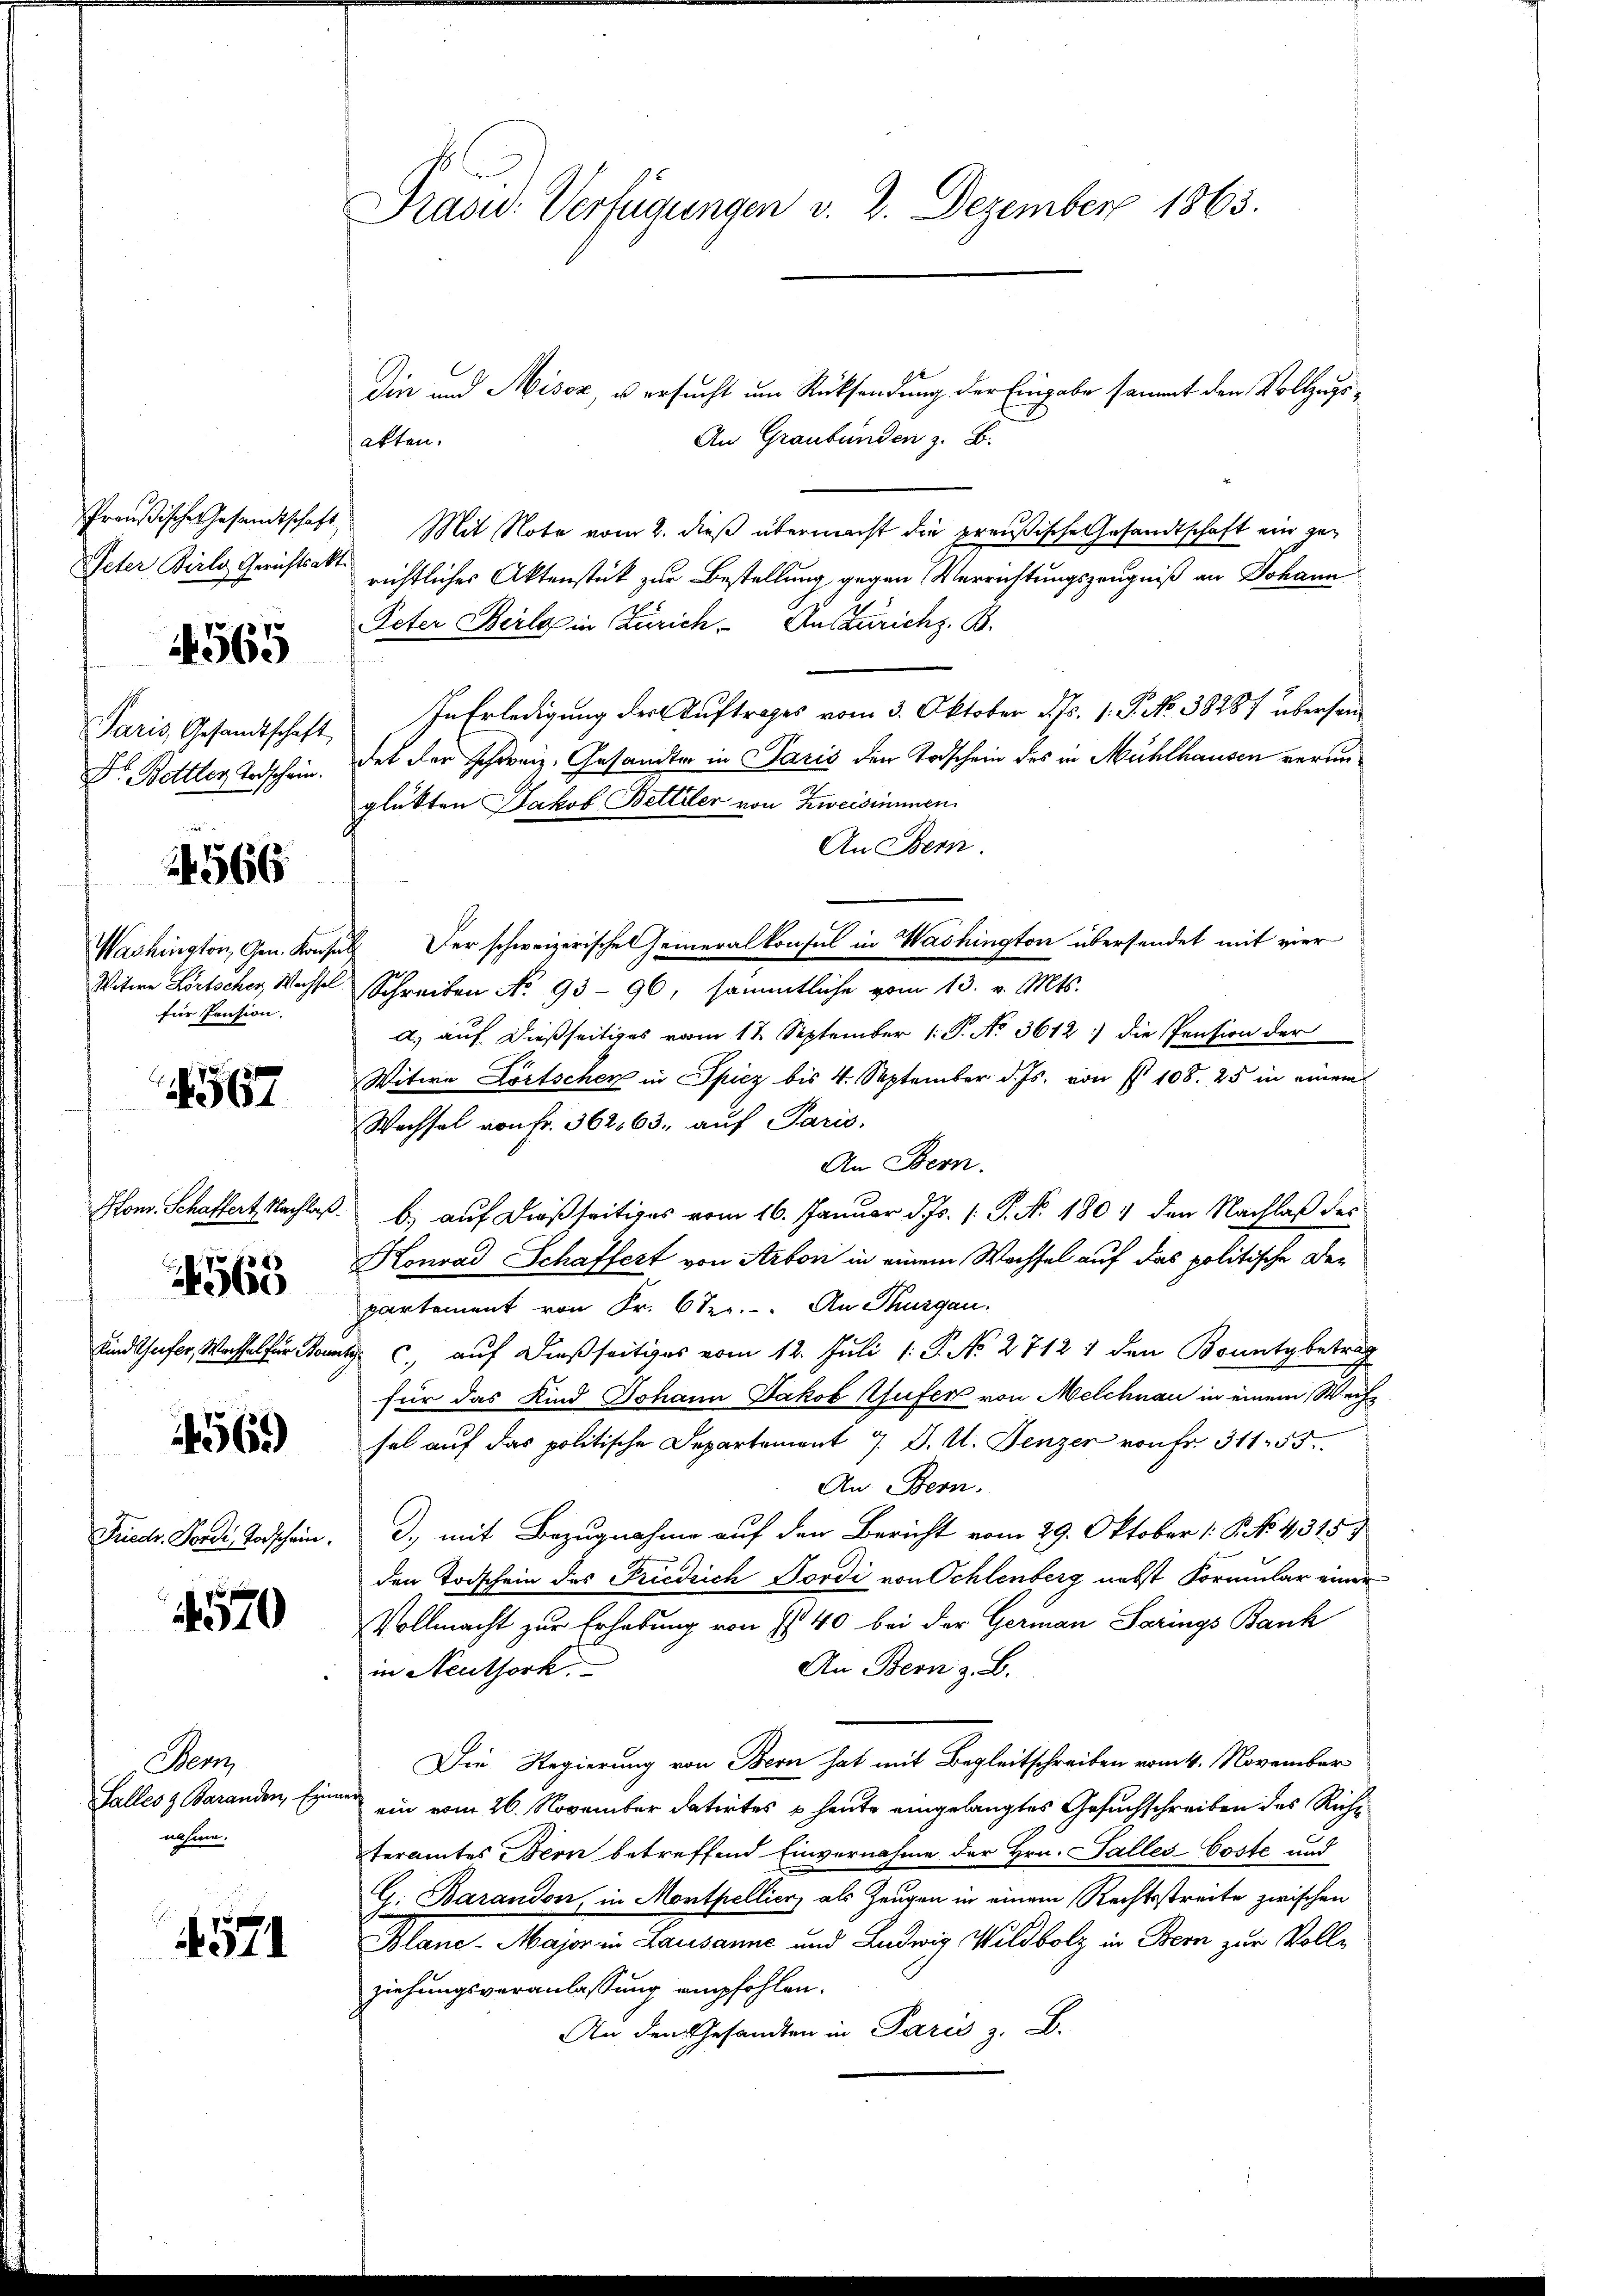
Peter Birlo Gerichtsakt.

565

1566

Washington, Gen. Konsul
für Pension.

567

565

4569)

570

Menz
nahme.

571

Präsid. Verfügungen v. 2. Dezember 1863.

Die und Miser, u ersucht um Rücksendung der Eingabe sammt den Vollzugs¬
An Graubünden z. B.
akten.
Preußische Gesandtschaft Mit Note vom 2. dieß übermacht die preußische Gesandtschaft ein gerichtliches Aktenstück zur Bestellung gegen Verrichtungszeugniß an Johann
Peter Berlos in Zürich. An Zürich z. B.
Paris Gesandtschaft. In Erledigung der Auftrages vom 3. Oktober d. Js. 1. P. No. 38287 übersen¬
Dr. Bettler Anschein. des der Schweiz. Gesandter in Paris den Todschein des in Mühlhausen verunglükten Jakob Bettler von Zweisimmen
An Bern.
Der schweizerische Generalkonsul in Washington übersendet mit vier
Witwe Lörtscher Wechsel Schreiben No 93-96, sämmtliche vom 13. v. Mts.
a.) auf dießseitiges vom 12. September 1. P. No. 3612. die Pension der
Witwe Dortscher in Spiez bis 4. September d. Js. von § 108. 25 in einem
Wachsel von Fr. 362,63. auf Paris.
An Bern.
Hon. Schaffert Nachlaß b.) auf dießseitiges vom 16. Januar d. Js. [: P. Nr. 1804 den Nachlaß des
Honrad Schaffert von Arbon in einem Wechsel auf das politische Departement von Fr. 6 ter. An Thurgau.
Sind Gefer, Wachsel für Sont auf dießseitiges vom 12. Juli 1: P. No. 27121 den Bountybetrag
für das Kind Johann Jakob Gufer von Melchnau in einem Weihsal auf das politische Departement 7. d. U. Denzer von Fr. 311. 55.
An Bern.
Friedr. Forde Todschein. D., mit Bezugnahme auf den Bericht vom 29. Oktober (: P. No. 4315.
den Todschein des Friedrich Dordi von Schlenberg nebst Formular einer
Vollmacht zur Erhebung von Ist 40 bei der German Sarings Bank
An Bern z. B.
in Neuthork.
Die Regierung von Bern hat mit Begleitschreiben vom 4. November
Salles Baranden, Eine ein vom 26. November datirtes u. heute eingelangtes Gesuchschreiben des Richt
teramtes Bern betreffend Einvernahme der Hrn. Falles-Goste und
G. Barandon, in Monthellier, als Zeugen in einem Rechtsstreite zwischen
Blanc-Major in Lausanne und Ludwig Wildbolz in Bern zur Vollziehungsveranlassung empfohlen.
An den Gesandten in Paris z. B.